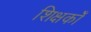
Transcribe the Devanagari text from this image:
शिक्षकोँ